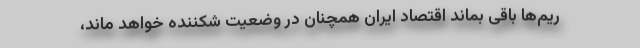
ریم‌ها باقی بماند اقتصاد ایران همچنان در وضعیت شکننده خواهد ماند،